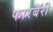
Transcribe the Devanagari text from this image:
फारबॅरी